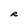
Character: R